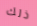
ذلك